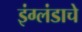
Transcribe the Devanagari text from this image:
इंग्लंडाचे